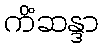
ကိံဆန္ဒာ